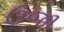
ઉજા